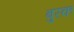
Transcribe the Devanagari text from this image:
बुरक